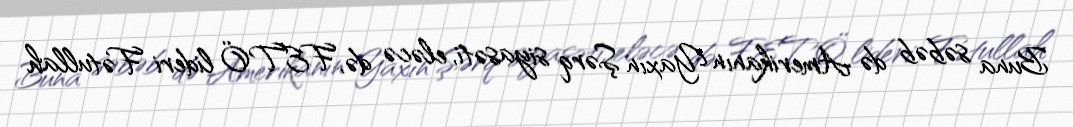
Buna səbəb də Amerikanın Yaxın Şərq siyasəti, eləcə də, FETÖ lideri Fətullah